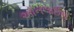
અૉનલાઈન